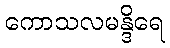
ကောသလမန္ဒိရေ